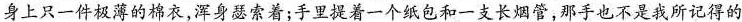
身上只一件极薄的棉衣，浑身瑟索着；手里提着一个纸包和一支长烟管，那手也不是我所记得的